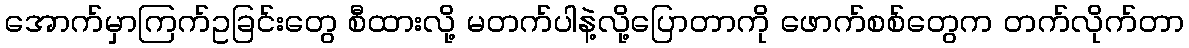
အောက်မှာကြက်ဥခြင်းတွေ စီထားလို့ မတက်ပါနဲ့လို့ပြောတာကို ဖောက်စစ်တွေက တက်လိုက်တာ